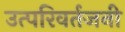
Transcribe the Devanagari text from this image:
उत्परिवर्तजनी